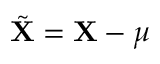
\tilde { \mathbf { X } } = \mathbf { X } - \boldsymbol { \mu }